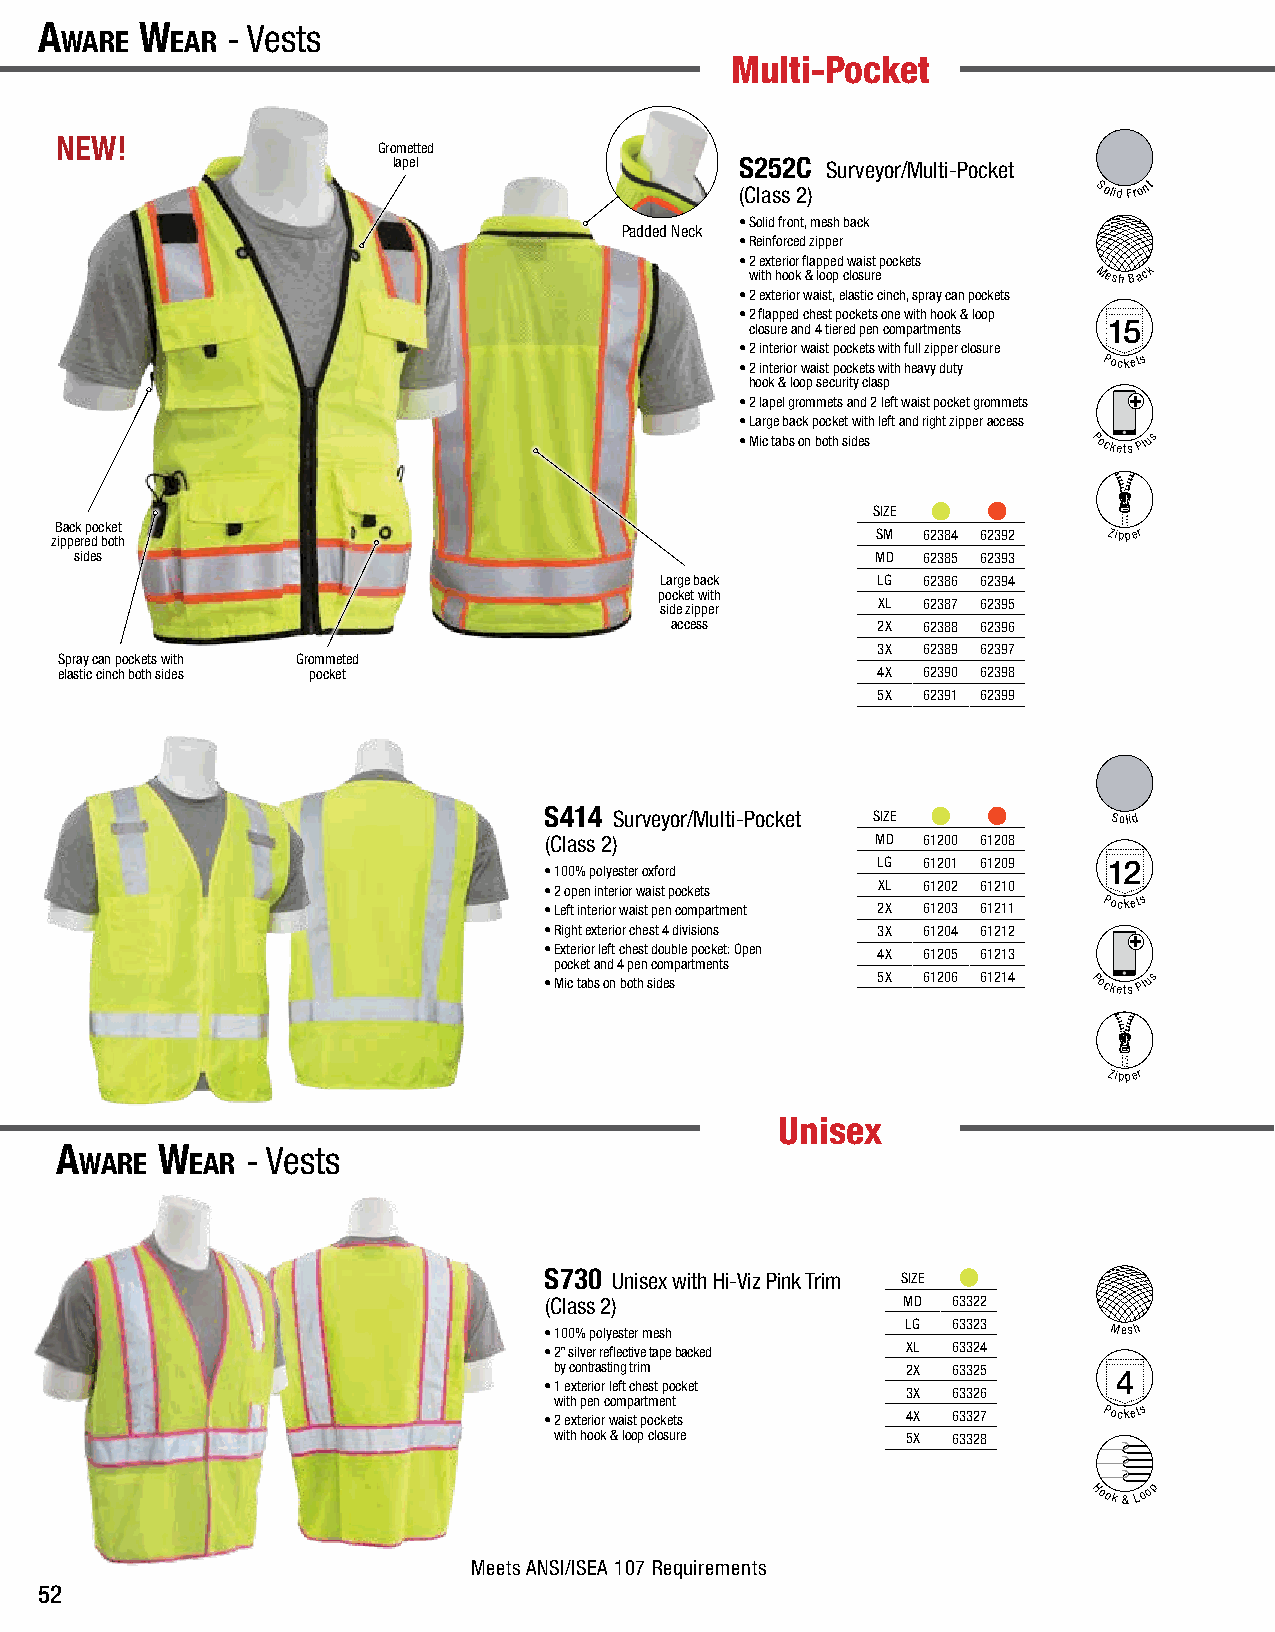
A
 wAre
 w
 eAr
 - Vests                       A
 wAre
 w
 eAr
 -  Vests | Multi-Pocket                  Multi-Pocket | Vests - A
 wAre
 w
 eAr
 Vests - A
 wAre
 w
 eAr
 Multi-Pocket
 NEW!
 Grometted
 lapel                  S252C Surveyor/Multi-Pocket
 (Class 2)              Solid Front
 • Solid front, mesh back
 Padded Neck
 • Reinforced zipper
 • 2 exterior flapped waist pockets
 with hook & loop closure Mesh Back
 • 2 exterior waist, elastic cinch, spray can pockets
 • 2 flapped chest pockets one with hook & loop
 closure and 4 tiered pen compartments 15
 • 2 interior waist pockets with full zipper closure
 • 2 interior waist pockets with heavy duty
 Pockets
 hook & loop security clasp
 • 2 lapel grommets and 2 left waist pocket grommets
 • Large back pocket with left and right zipper access
 • Mic tabs on both sides Pockets Plus
 SIZE
 Back pocket
 zippered both
 SM 62384 62392 Zipper
 sides                                                MD 62385 62393
 Large back    LG 62386 62394
 pocket with
 side zipper   XL 62387 62395
 access        2X 62388 62396
 3X 62389 62397
 Spray can pockets with Grommeted
 elastic cinch both sides pocket                       4X 62390 62398
 5X 62391 62399
 S414 Surveyor/Multi-Pocket SIZE       Solid
 (Class 2)             MD 61200 61208
 LG 61201 61209 12
 • 100% polyester oxford
 • 2 open interior waist pockets XL 61202 61210
 • Left interior waist pen compartment 2X 61203 61211
 Pockets
 • Right exterior chest 4 divisions 3X 61204 61212
 • Exterior left chest double pocket: Open 4X 61205 61213
 pocket and 4 pen compartments
 • Mic tabs on both sides 5X 61206 61214 Pockets Plus
 Zipper
 Unisex
 A
 wAre
 w
 eAr
 - Vests                                                                            Unisex | Class 2 Vests - A
 wAre
 w
 eAr
 S730 Unisex with Hi-Viz Pink Trim SIZE
 (Class 2)               MD 63322
 • 100% polyester mesh   LG 63323     Mesh
 • 2” silver reflective tape backed XL 63324
 by contrasting trim    2X 63325      4
 • 1 exterior left chest pocket
 3X 63326
 with pen compartment
 • 2 exterior waist pockets 4X 63327  Pockets
 with hook & loop closure 5X 63328
 Hook
 &
 Loop
 Meets ANSI/ISEA 107 Requirements
 52